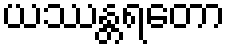
ယဿန္တရတော